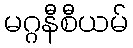
မဂ္ဂနီစီယမ်